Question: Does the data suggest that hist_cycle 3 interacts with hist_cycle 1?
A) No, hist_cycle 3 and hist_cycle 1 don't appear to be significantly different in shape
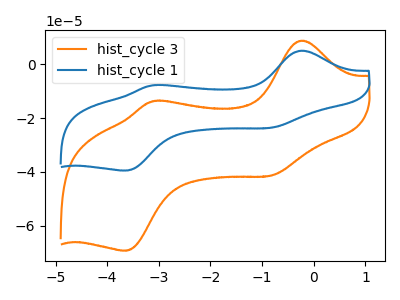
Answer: <think>The orange curve "hist_cycle 3" has anodic peaks at (-0.25V, 8.70uA) (-3.10V, -13.80uA) and cathodic peaks at (-0.85V, -41.35uA) (-3.65V, -69.20uA). The blue curve "hist_cycle 1" has anodic peaks at (-0.25V, 4.95uA) (-3.10V, -7.85uA) and cathodic peaks at (-0.85V, -23.60uA) (-3.65V, -39.50uA).
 All the peaks in "hist_cycle 3" have a peak in "hist_cycle 1" at the same potential.</think>
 <answer>A) No, "hist_cycle 3" and "hist_cycle 1" don't appear to be significantly different in shape</answer>
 <eval>A</eval>